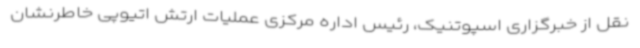
نقل از خبرگزاری اسپوتنیک، رئیس اداره مرکزی عملیات ارتش اتیوپی خاطرنشان